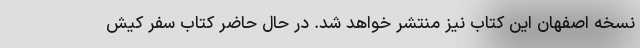
نسخه اصفهان این کتاب نیز منتشر خواهد شد. در حال حاضر کتاب سفر کیش